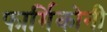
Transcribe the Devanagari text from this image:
फार्मिकोनी